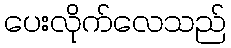
ပေးလိုက်လေသည်